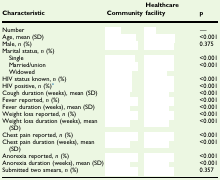
<table><thead><tr><td><b>Characteristic</b></td><td><b>Community</b></td><td><b>Healthcare facility</b></td><td><b>p</b></td></tr></thead><tbody><tr><td>Number</td><td>[EMPTY_CELL]</td><td>[EMPTY_CELL]</td><td>—</td></tr><tr><td>Age, mean (SD)</td><td>[EMPTY_CELL]</td><td>[EMPTY_CELL]</td><td>&lt;0.001</td></tr><tr><td>Male, <i>n</i> (%)</td><td>[EMPTY_CELL]</td><td>[EMPTY_CELL]</td><td>0.375</td></tr><tr><td colspan="4">Marital status, <i>n</i> (%)</td></tr><tr><td> Single</td><td>[EMPTY_CELL]</td><td>[EMPTY_CELL]</td><td>&lt;0.001</td></tr><tr><td> Married/union</td><td>[EMPTY_CELL]</td><td>[EMPTY_CELL]</td><td>&lt;0.001</td></tr><tr><td> Widowed</td><td>[EMPTY_CELL]</td><td>[EMPTY_CELL]</td><td>[EMPTY_CELL]</td></tr><tr><td>HIV status known, <i>n</i> (%)</td><td>[EMPTY_CELL]</td><td>[EMPTY_CELL]</td><td>&lt;0.001</td></tr><tr><td>HIV positive, <i>n</i> (%)a</td><td>[EMPTY_CELL]</td><td>[EMPTY_CELL]</td><td>&lt;0.001</td></tr><tr><td>Cough duration (weeks), mean (SD)</td><td>[EMPTY_CELL]</td><td>[EMPTY_CELL]</td><td>&lt;0.001</td></tr><tr><td>Fever reported, <i>n</i> (%)</td><td>[EMPTY_CELL]</td><td>[EMPTY_CELL]</td><td>&lt;0.001</td></tr><tr><td>Fever duration (weeks), mean (SD)</td><td>[EMPTY_CELL]</td><td>[EMPTY_CELL]</td><td>&lt;0.001</td></tr><tr><td>Weight loss reported, <i>n</i> (%)</td><td>[EMPTY_CELL]</td><td>[EMPTY_CELL]</td><td>&lt;0.001</td></tr><tr><td>Weight loss duration (weeks), mean (SD)</td><td>[EMPTY_CELL]</td><td>[EMPTY_CELL]</td><td>&lt;0.001</td></tr><tr><td>Chest pain reported, <i>n</i> (%)</td><td>[EMPTY_CELL]</td><td>[EMPTY_CELL]</td><td>&lt;0.001</td></tr><tr><td>Chest pain duration (weeks), mean (SD)</td><td>[EMPTY_CELL]</td><td>[EMPTY_CELL]</td><td>&lt;0.001</td></tr><tr><td>Anorexia reported, <i>n</i> (%)</td><td>[EMPTY_CELL]</td><td>[EMPTY_CELL]</td><td>&lt;0.001</td></tr><tr><td>Anorexia duration (weeks), mean (SD)</td><td>[EMPTY_CELL]</td><td>[EMPTY_CELL]</td><td>&lt;0.001</td></tr><tr><td>Submitted two smears, <i>n</i> (%)</td><td>[EMPTY_CELL]</td><td>[EMPTY_CELL]</td><td>0.357</td></tr></tbody></table>